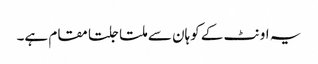
یہ اونٹ کے کوہان سے ملتا جلتا مقام ہے۔